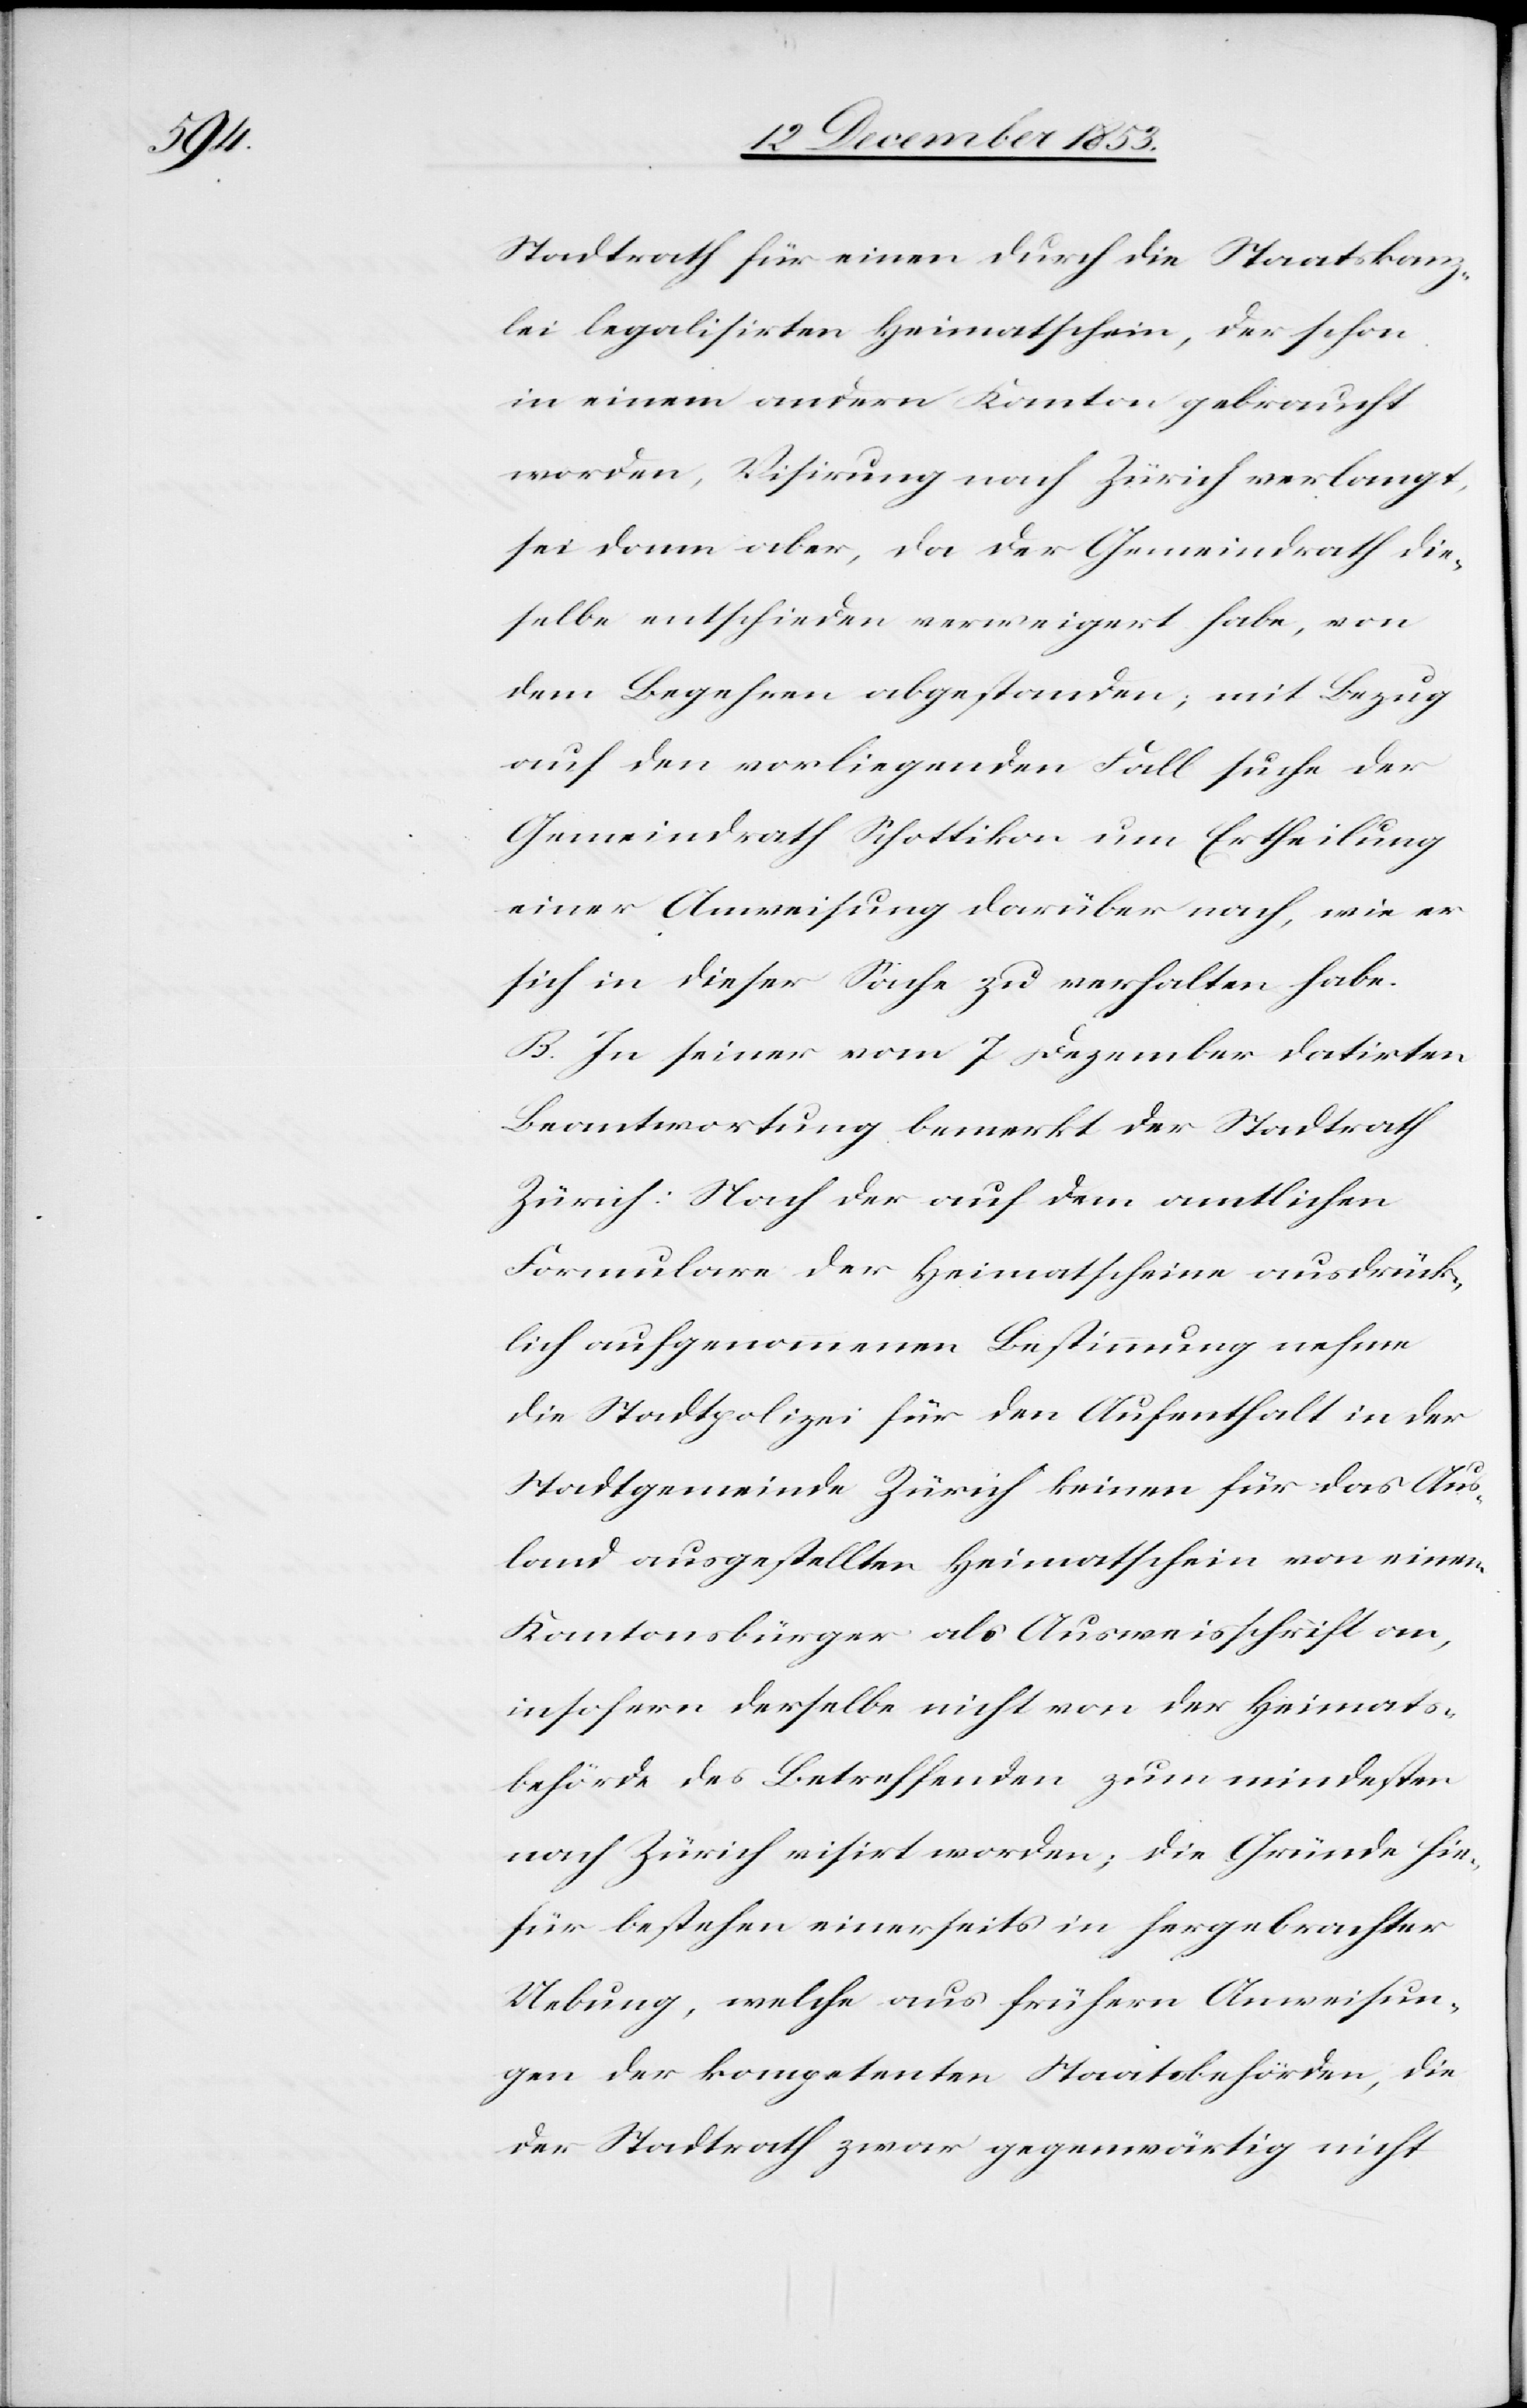
Stadtrath für einen durch die Staatskanz¬
lei legalisirten Heimatschein, der schon
in einem andern Kantone gebraucht
worden, Visirung nach Zürich verlangt,
sei dann aber, da der Gemeindrath die¬
selbe entschieden verweigert habe, von
dem Begehren abgestanden, mit Bezug
auf den vorliegenden Fall suche der
Gemeindrath Schottikon um Ertheilung
einer Anweisung darüber nach, wie er
sich in dieser Sache zu verhalten habe.
B. In seiner vom 7 Dezember datirten
Beantwortung bemerkt der Stadtrath
Zürich: Nach der auf dem amtlichen
Formulare der Heimatscheine ausdrück¬
lich aufgenommenen Bestimmung nehme
die Stadtpolizei für den Aufenthalt in der
Stadtgemeinde Zürich keinen für das Aus¬
land ausgestellten Heimatschein von einem
Kantonsbürger als Ausweisschrift an,
insofern derselbe nicht von der Heimats¬
behörde des Betreffenden zum mindesten
nach Zürich visirt worden; die Gründe hie¬
für bestehen einerseits in hergebrachter
Uebung, welche aus frühern Anweisun¬
gen der kompetenten Staatsbehörden, die
der Stadtrath zwar gegenwärtig nicht